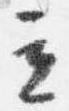
立